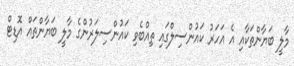
މާލީ ބަޔާންތަކާއި އެ އަހަރު ކައުންސިލްގައި ތިއްބެވި ކައުންސިލަރުންގެ މާލީ ބަޔާންތައް އޮޑިޓް